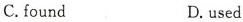
C.found D.used